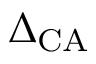
\Delta _ { \mathrm { C A } }